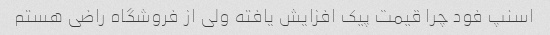
اسنپ فود چرا قیمت پیک افزایش یافته ولی از فروشگاه راضی هستم